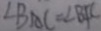
\angle B A C = \angle B F C